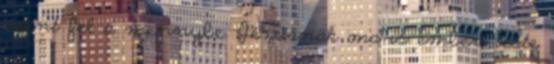
ment fel a mennybe, Jézusnak ma is emberi teste